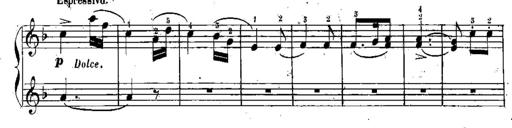
Title: Sonatina in C major
Composer: Or Vaitzman
Key: C major